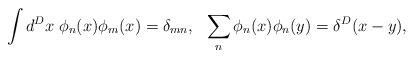
\begin{align*}\int d^Dx \; \phi_n(x) \phi_m(x) = \delta_{mn},\:\:\: \sum_n \phi_n(x) \phi_n(y) = \delta^D(x-y),\end{align*}